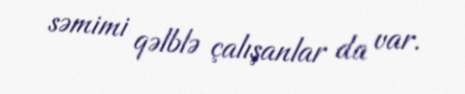
səmimi qəlblə çalışanlar da var.